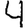
Digit: 4